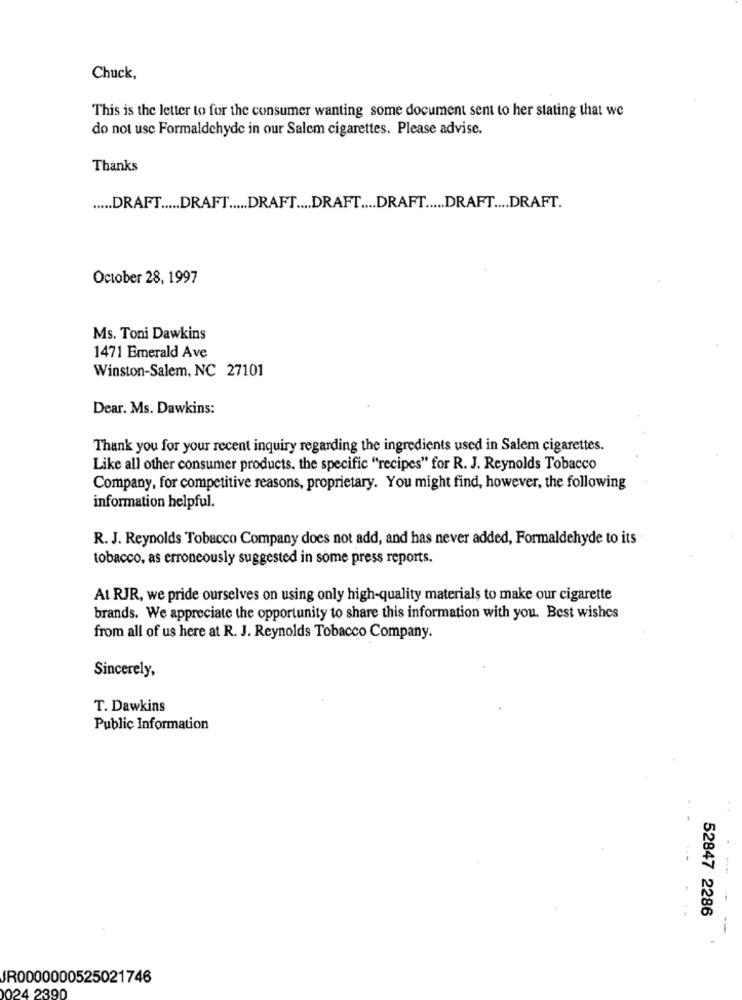
Chuck,
This is the letter to for the consumer wanting some document sent to her stating that we
do not use Formaldehyde in our Salem cigarettes. Please advise.
Thanks
..... DRAFT ..... DRAFT ..... DRAFT .... DRAFT .... DRAFT ..... DRAFT .... DRAFT.
October 28, 1997
Ms. Toni Dawkins
1471 Emerald Ave
Winston-Salem, NC 27101
Dear. Ms. Dawkins:
Thank you for your recent inquiry regarding the ingredients used in Salem cigarettes.
Like all other consumer products. the specific "recipes" for R. J. Reynolds Tobacco
Company, for competitive reasons, proprietary. You might find, however, the following
information helpful.
R. J. Reynolds Tobacco Company does not add, and has never added, Formaldehyde to its
tobacco, as erroneously suggested in some press reports.
At RJR, we pride ourselves on using only high-quality materials to make our cigarette
brands. We appreciate the opportunity to share this information with you. Best wishes
from all of us here at R. J. Reynolds Tobacco Company.
Sincerely,
T. Dawkins
Public Information
52847 2286
--
JR0000000525021746
024 2390